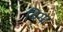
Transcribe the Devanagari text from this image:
बिगा